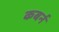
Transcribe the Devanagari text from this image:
कबर्न